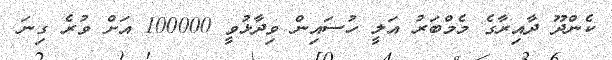
ކެންދޫ ދާއިރާގެ މެމްބަރު އަލީ ހުސައިން ވިދާޅުވީ 100000 އަށް ވުރެ ގިނަ